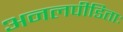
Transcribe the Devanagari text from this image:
अनलपीडिताः